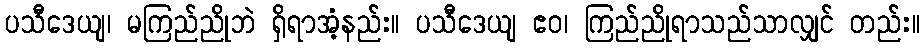
ပသီဒေယျ၊ မကြည်ညိုဘဲ ရှိရာအံ့နည်း။ ပသီဒေယျ ဧဝ၊ ကြည်ညိုရာသည်သာလျှင် တည်း။